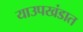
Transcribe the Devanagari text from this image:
याउपखंडात